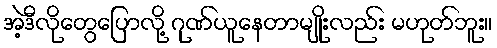
အဲ့ဒီလိုတွေပြောလို့ ဂုဏ်ယူနေတာမျိုးလည်း မဟုတ်ဘူး။